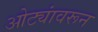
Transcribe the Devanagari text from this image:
ओट्यांवरून